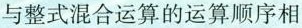
与整式混合运算的运算顺序相